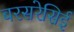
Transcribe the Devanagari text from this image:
बरसरेसिई